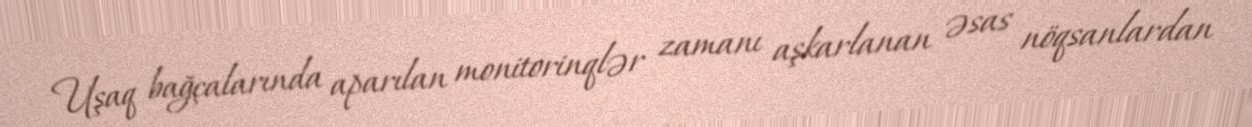
Uşaq bağçalarında aparılan monitorinqlər zamanı aşkarlanan əsas nöqsanlardan